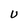
Character: U